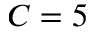
C = 5